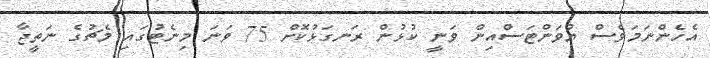
އެހެންނަމަވެސް ޔުވަންޓަސްއިން ވަނީ ކުޅުން ރަނގަޅުކޮށް 75 ވަނަ މިނެޓުގައި މެޗުގެ ނަތީޖާ